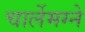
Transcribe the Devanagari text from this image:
चार्लेमग्ने